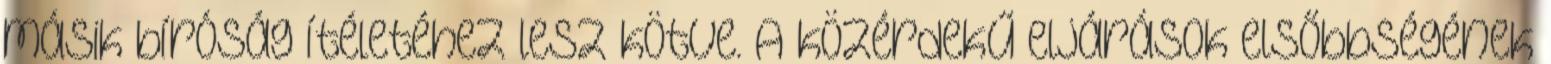
másik bíróság ítéletéhez lesz kötve. A közérdekű eljárások elsőbbségének